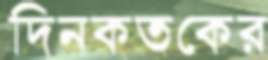
দিনকতকের